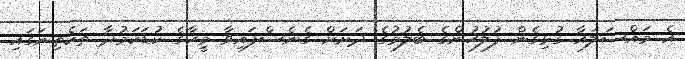
އެ މައްސަލައާ ގުޅިގެން ފުލުހުންގެ ބެލުމުގެ ދަށަށް ގެނެސްފައިވާ މީހާގެ ކުޑަކަމުދާ ތަކެތިނަގައި